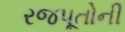
રજપૂતોની